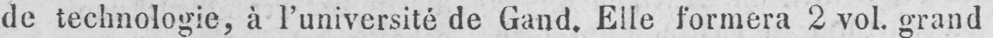
de technologie, à l’université de Gand. Elle formera 2 vol. grand